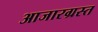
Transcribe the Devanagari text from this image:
आजारग्रस्त